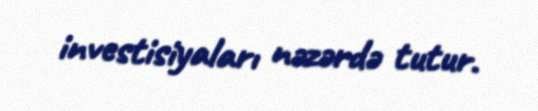
investisiyaları nəzərdə tutur.